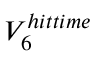
V _ { 6 } ^ { h i t t i m e }